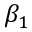
\beta _ { 1 }